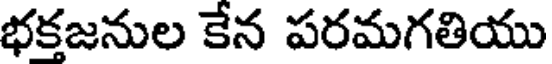
భకజనుల కేన పరమగతియు